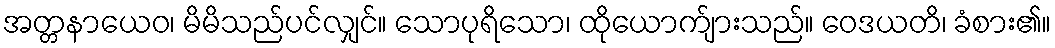
အတ္တနာယေဝ၊ မိမိသည်ပင်လျှင်။ သောပုရိသော၊ ထိုယောက်ျားသည်။ ဝေဒယတိ၊ ခံစား၏။